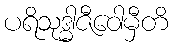
ပရိသုဒ္ဓါဇီဝေါမှီတိ